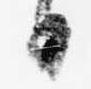
日